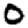
Digit: 0